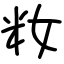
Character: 籹